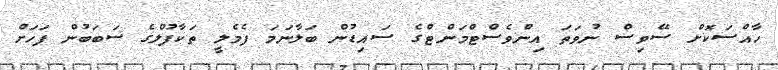
ހާއްސަކޮށް ސޭވިސް ނުވަތަ އިންވެސްޓްމަންޓްގެ ސައިޑުން ބަލާނަމަ ފެމެލީ ތަކާފުލްގެ ސަބަބުން ފަހަށް